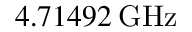
4 . 7 1 4 9 2 \: \mathrm { G H z }